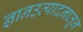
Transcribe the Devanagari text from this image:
ज्ञानउत्पादनातून